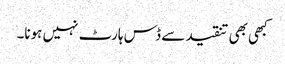
کبھی بھی تنقید سے ڈس ہارٹ نہیں ہونا۔